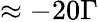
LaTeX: \approx-20\Gamma